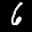
Label: 6